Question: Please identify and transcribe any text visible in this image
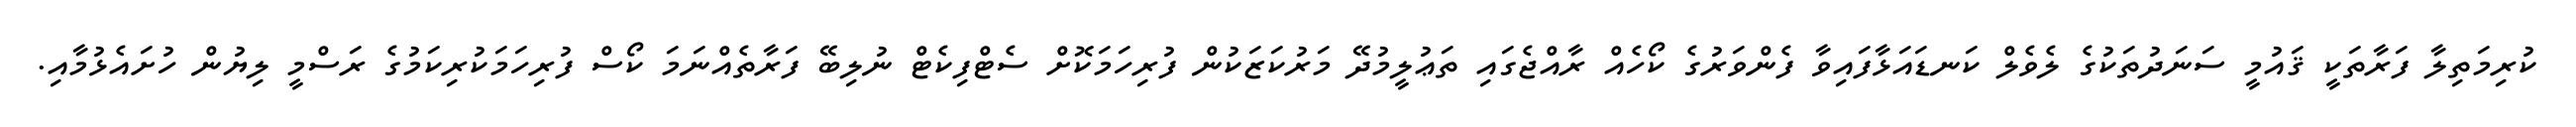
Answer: ކުރިމަތިލާ ފަރާތަކީ ޤައުމީ ސަނަދުތަކުގެ ލެވެލް ކަނޑައަޅާފައިވާ ފެންވަރުގެ ކޯހެއް ރާއްޖެގައި ތަޢުލީމުދޭ މަރުކަޒަކުން ފުރިހަމަކޮށް ސެޓްފިކެޓް ނުލިބޭ ފަރާތެއްނަމަ ކޯސް ފުރިހަމަކުރިކަމުގެ ރަސްމީ ލިޔުން ހުށައެޅުމާއި.